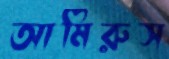
আমিরুস